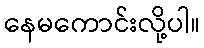
နေမကောင်းလို့ပါ။